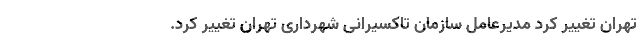
تهران تغییر کرد مدیرعامل سازمان تاکسیرانی شهرداری تهران تغییر کرد.